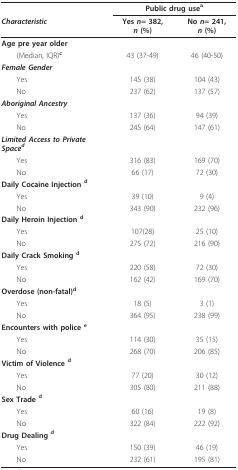
<table><thead><tr><td></td><td colspan="2"><b>Public drug use<sup>a</sup></b></td></tr><tr><td><b><i>Characteristic</i></b></td><td><b>Yes <i>n</i>= 382, <i>n </i>(%)</b></td><td><b>No <i>n</i>= 241, <i>n </i>(%)</b></td></tr></thead><tbody><tr><td><b>Age pre year older</b></td><td></td><td></td></tr><tr><td> (Median, IQR)<sup><b>c</b></sup></td><td>43 (37-49)</td><td>46 (40-50)</td></tr><tr><td><b><i>Female Gender</i></b></td><td></td><td></td></tr><tr><td> Yes</td><td>145 (38)</td><td>104 (43)</td></tr><tr><td> No</td><td>237 (62)</td><td>137 (57)</td></tr><tr><td><b><i>Aboriginal Ancestry</i></b></td><td></td><td></td></tr><tr><td> Yes</td><td>137 (36)</td><td>94 (39)</td></tr><tr><td> No</td><td>245 (64)</td><td>147 (61)</td></tr><tr><td><b><i>Limited Access to Private Space</i></b><sup><b><i>d</i></b></sup></td><td></td><td></td></tr><tr><td> Yes</td><td>316 (83)</td><td>169 (70)</td></tr><tr><td> No</td><td>66 (17)</td><td>72 (30)</td></tr><tr><td><b>Daily Cocaine Injection </b><sup><b>d</b></sup></td><td></td><td></td></tr><tr><td> Yes</td><td>39 (10)</td><td>9 (4)</td></tr><tr><td> No</td><td>343 (90)</td><td>232 (96)</td></tr><tr><td><b>Daily Heroin Injection </b><sup><b>d</b></sup></td><td></td><td></td></tr><tr><td> Yes</td><td>107(28)</td><td>25 (10)</td></tr><tr><td> No</td><td>275 (72)</td><td>216 (90)</td></tr><tr><td><b>Daily Crack Smoking </b><sup><b>d</b></sup></td><td></td><td></td></tr><tr><td> Yes</td><td>220 (58)</td><td>72 (30)</td></tr><tr><td> No</td><td>162 (42)</td><td>169 (70)</td></tr><tr><td><b>Overdose (non-fatal)</b><sup><b>d</b></sup></td><td></td><td></td></tr><tr><td> Yes</td><td>18 (5)</td><td>3 (1)</td></tr><tr><td> No</td><td>364 (95)</td><td>238 (99)</td></tr><tr><td><b>Encounters with police </b><sup><b>e</b></sup></td><td></td><td></td></tr><tr><td> Yes</td><td>114 (30)</td><td>35 (15)</td></tr><tr><td> No</td><td>268 (70)</td><td>206 (85)</td></tr><tr><td><b>Victim of Violence </b><sup><b>d</b></sup></td><td></td><td></td></tr><tr><td> Yes</td><td>77 (20)</td><td>30 (12)</td></tr><tr><td> No</td><td>305 (80)</td><td>211 (88)</td></tr><tr><td><b>Sex Trade </b><sup><b>d</b></sup></td><td></td><td></td></tr><tr><td> Yes</td><td>60 (16)</td><td>19 (8)</td></tr><tr><td> No</td><td>322 (84)</td><td>222 (92)</td></tr><tr><td><b>Drug Dealing </b><sup><b>d</b></sup></td><td></td><td></td></tr><tr><td> Yes</td><td>150 (39)</td><td>46 (19)</td></tr><tr><td> No</td><td>232 (61)</td><td>195 (81)</td></tr></tbody></table>